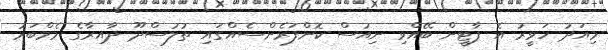
މިއަދު ހަވީރު އެ ޕާޓީން ބޭއްވި ނިއުސް ކޮންފަރެންސެއްގައި ތުލުސްދޫ ދާއިރާގެ މެމްބަރު